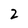
Character: 2